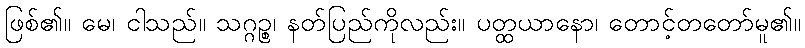
ဖြစ်၏။ မေ၊ ငါသည်။ သဂ္ဂဉ္စ၊ နတ်ပြည်ကိုလည်း။ ပတ္ထယာနော၊ တောင့်တတော်မူ၏။